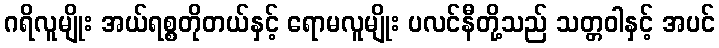
ဂရိလူမျိုး အယ်ရစ္စတိုတယ်နှင့် ရောမလူမျိုး ပလင်နီတို့သည် သတ္တဝါနှင့် အပင်